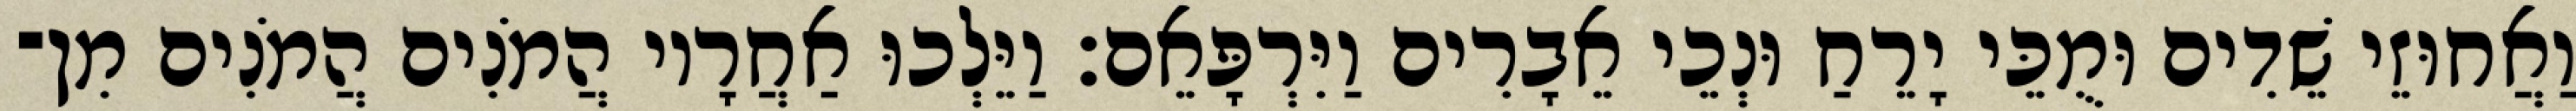
וַאֲחוּזֵי שֵׁדִים וּמֻכֵּי יָרֵחַ וּנְכֵי אֵבָרִים וַיִּרְפָּאֵם׃ וַיֵּלְכוּ אַחֲרָיו הֲמֹנִים הֲמֹנִים מִן־